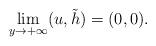
LaTeX: \begin{align*}\lim\limits_{y\to +\infty}(u, \tilde{h})=(0, 0).\end{align*}